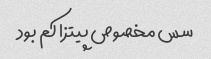
سس مخصوص پیتزا کم بود